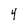
Character: 4